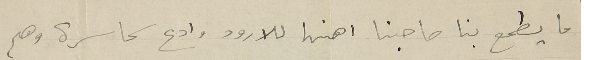
ما يطمع بنا صاحبنا رهنها للارود وادع سماسرة وهم